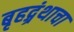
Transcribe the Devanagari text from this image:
बृहद्ग्रंथाचा